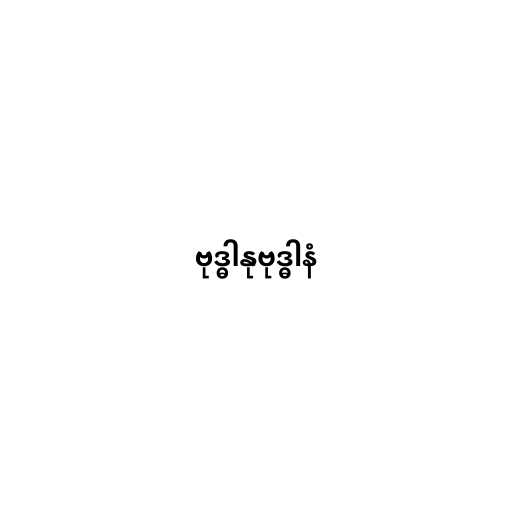
ဗုဒ္ဓါနုဗုဒ္ဓါနံ